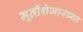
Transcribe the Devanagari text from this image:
मूर्तीशेजारच्या